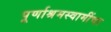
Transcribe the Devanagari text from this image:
पूर्णाश्रमस्वामींचा